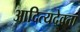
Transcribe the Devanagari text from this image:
आदित्यदेवता